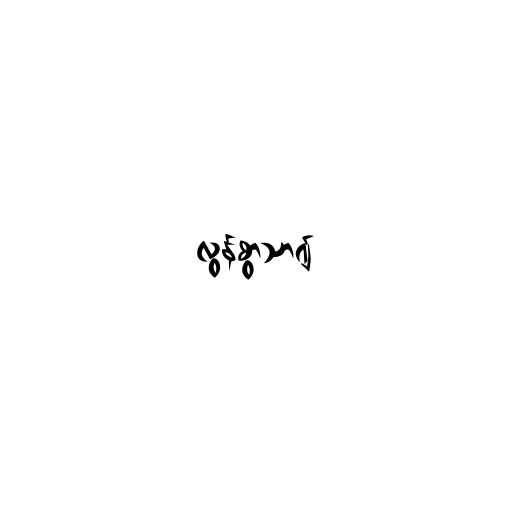
လွန်စွာသာ၍